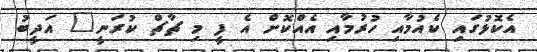
އެކޮޅުގައި ކެއުމާއި ހުރުމާއި އެއްކޮށް އެ ފީ މި ޗާޗް ކުރަނީ" އަދީބު